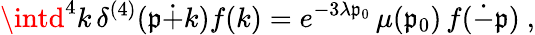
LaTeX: \intd^{4}k\, \delta^{(4)}(\mathfrak{p}\dot{{+}}k)f(k)=e^{-3\lambda\mathfrak{p}_{0}}\, \mu(\mathfrak{p}_{0})\, f(\dot{{-}}\mathfrak{p})~,